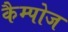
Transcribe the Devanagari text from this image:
कैम्पोज